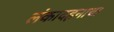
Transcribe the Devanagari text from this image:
लंकादहनाचा